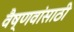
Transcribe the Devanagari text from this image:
वैष्णवांसाठी